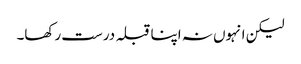
لیکن انہوں نہ اپنا قبلہ درست رکھا۔